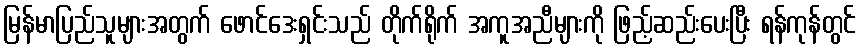
မြန်မာပြည်သူများအတွက် ဖောင်ဒေးရှင်းသည် တိုက်ရိုက် အကူအညီများကို ဖြည့်ဆည်းပေးပြီး ရန်ကုန်တွင်